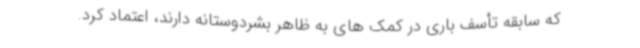
که سابقه تأسف باری در کمک های به ظاهر بشردوستانه دارند، اعتماد کرد.